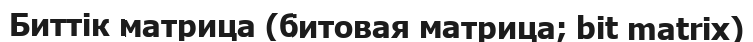
Биттік матрица (битовая матрица; bit matrix)